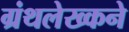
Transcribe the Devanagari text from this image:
ग्रंथलेख्कने